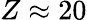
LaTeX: Z\approx 20